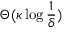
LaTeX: \Theta ( \kappa \log { \frac { 1 } { \delta } } )